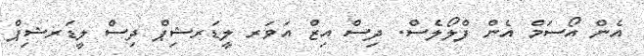
އެން އޯސަމް އެން ފްލޯލެސް. ދިސް އިޒް އަވަރ ލީޑަރޝިޕް ދިސް ލީޑަރޝިޕް